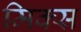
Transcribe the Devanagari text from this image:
मिक्‍स